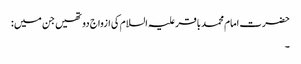
حضرت امام محمد باقر علیہ السلام کی ازواج دو تھیں جن میں :
۔